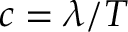
c = \lambda / T